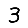
Digit: 3